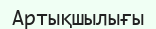
Артықшылығы